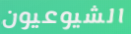
الشيوعيون